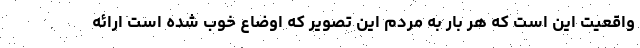
واقعیت این است که هر بار به مردم این تصویر که اوضاع خوب شده است ارائه